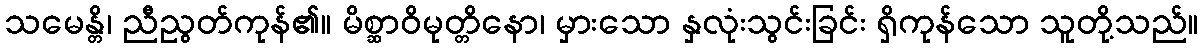
သမေန္တိ၊ ညီညွတ်ကုန်၏။ မိစ္ဆာဝိမုတ္တိနော၊ မှားသော နှလုံးသွင်းခြင်း ရှိကုန်သော သူတို့သည်။